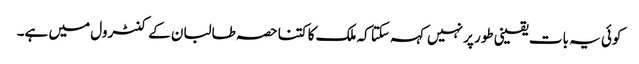
کوئی یہ بات یقینی طور پر نہیں کہہ سکتا کہ ملک کا کتنا حصہ طالبان کے کنٹرول میں ہے۔